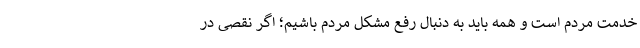
خدمت مردم است و همه باید به دنبال رفع مشکل مردم باشیم؛ اگر نقصی در